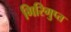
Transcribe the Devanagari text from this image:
गिरिगुप्त